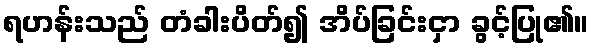
ရဟန်းသည် တံခါးပိတ်၍ အိပ်ခြင်းငှာ ခွင့်ပြု၏။